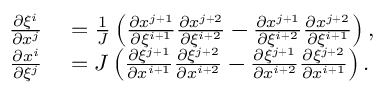
\begin{array} { r l } { \frac { \partial \xi ^ { i } } { \partial x ^ { j } } } & { { } = \frac { 1 } { J } \left( \frac { \partial x ^ { j + 1 } } { \partial \xi ^ { i + 1 } } \frac { \partial x ^ { j + 2 } } { \partial \xi ^ { i + 2 } } - \frac { \partial x ^ { j + 1 } } { \partial \xi ^ { i + 2 } } \frac { \partial x ^ { j + 2 } } { \partial \xi ^ { i + 1 } } \right) , } \\ { \frac { \partial x ^ { i } } { \partial \xi ^ { j } } } & { { } = J \left( \frac { \partial \xi ^ { j + 1 } } { \partial x ^ { i + 1 } } \frac { \partial \xi ^ { j + 2 } } { \partial x ^ { i + 2 } } - \frac { \partial \xi ^ { j + 1 } } { \partial x ^ { i + 2 } } \frac { \partial \xi ^ { j + 2 } } { \partial x ^ { i + 1 } } \right) . } \end{array}